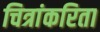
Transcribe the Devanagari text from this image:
चित्रांकरिता